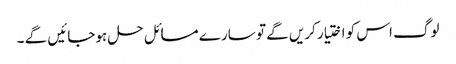
لوگ اس کو اختیار کریں گے تو سارے مسائل حل ہوجائیں گے ۔